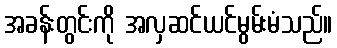
အခန်းတွင်းကို အလှဆင်ယင်မွမ်းမံသည်။